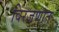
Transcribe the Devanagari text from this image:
विरजणात